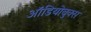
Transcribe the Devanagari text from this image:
ऑडियोबुक्स